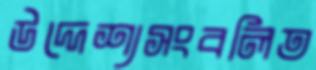
উদ্দেশ্যসংবলিত